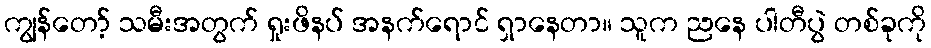
ကျွန်တော့် သမီးအတွက် ရှုးဖိနပ် အနက်ရောင် ရှာနေတာ။ သူက ညနေ ပါတီပွဲ တစ်ခုကို